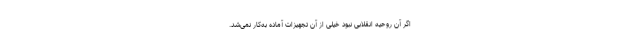
اگر آن روحیه انقلابی نبود خیلی از آن تجهیزات آماده به‌کار نمی‌شد.